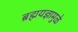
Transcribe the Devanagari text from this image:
ब्रह्मयज्ञामुळे